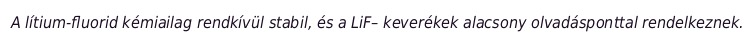
A lítium-fluorid kémiailag rendkívül stabil, és a LiF– keverékek alacsony olvadásponttal rendelkeznek.